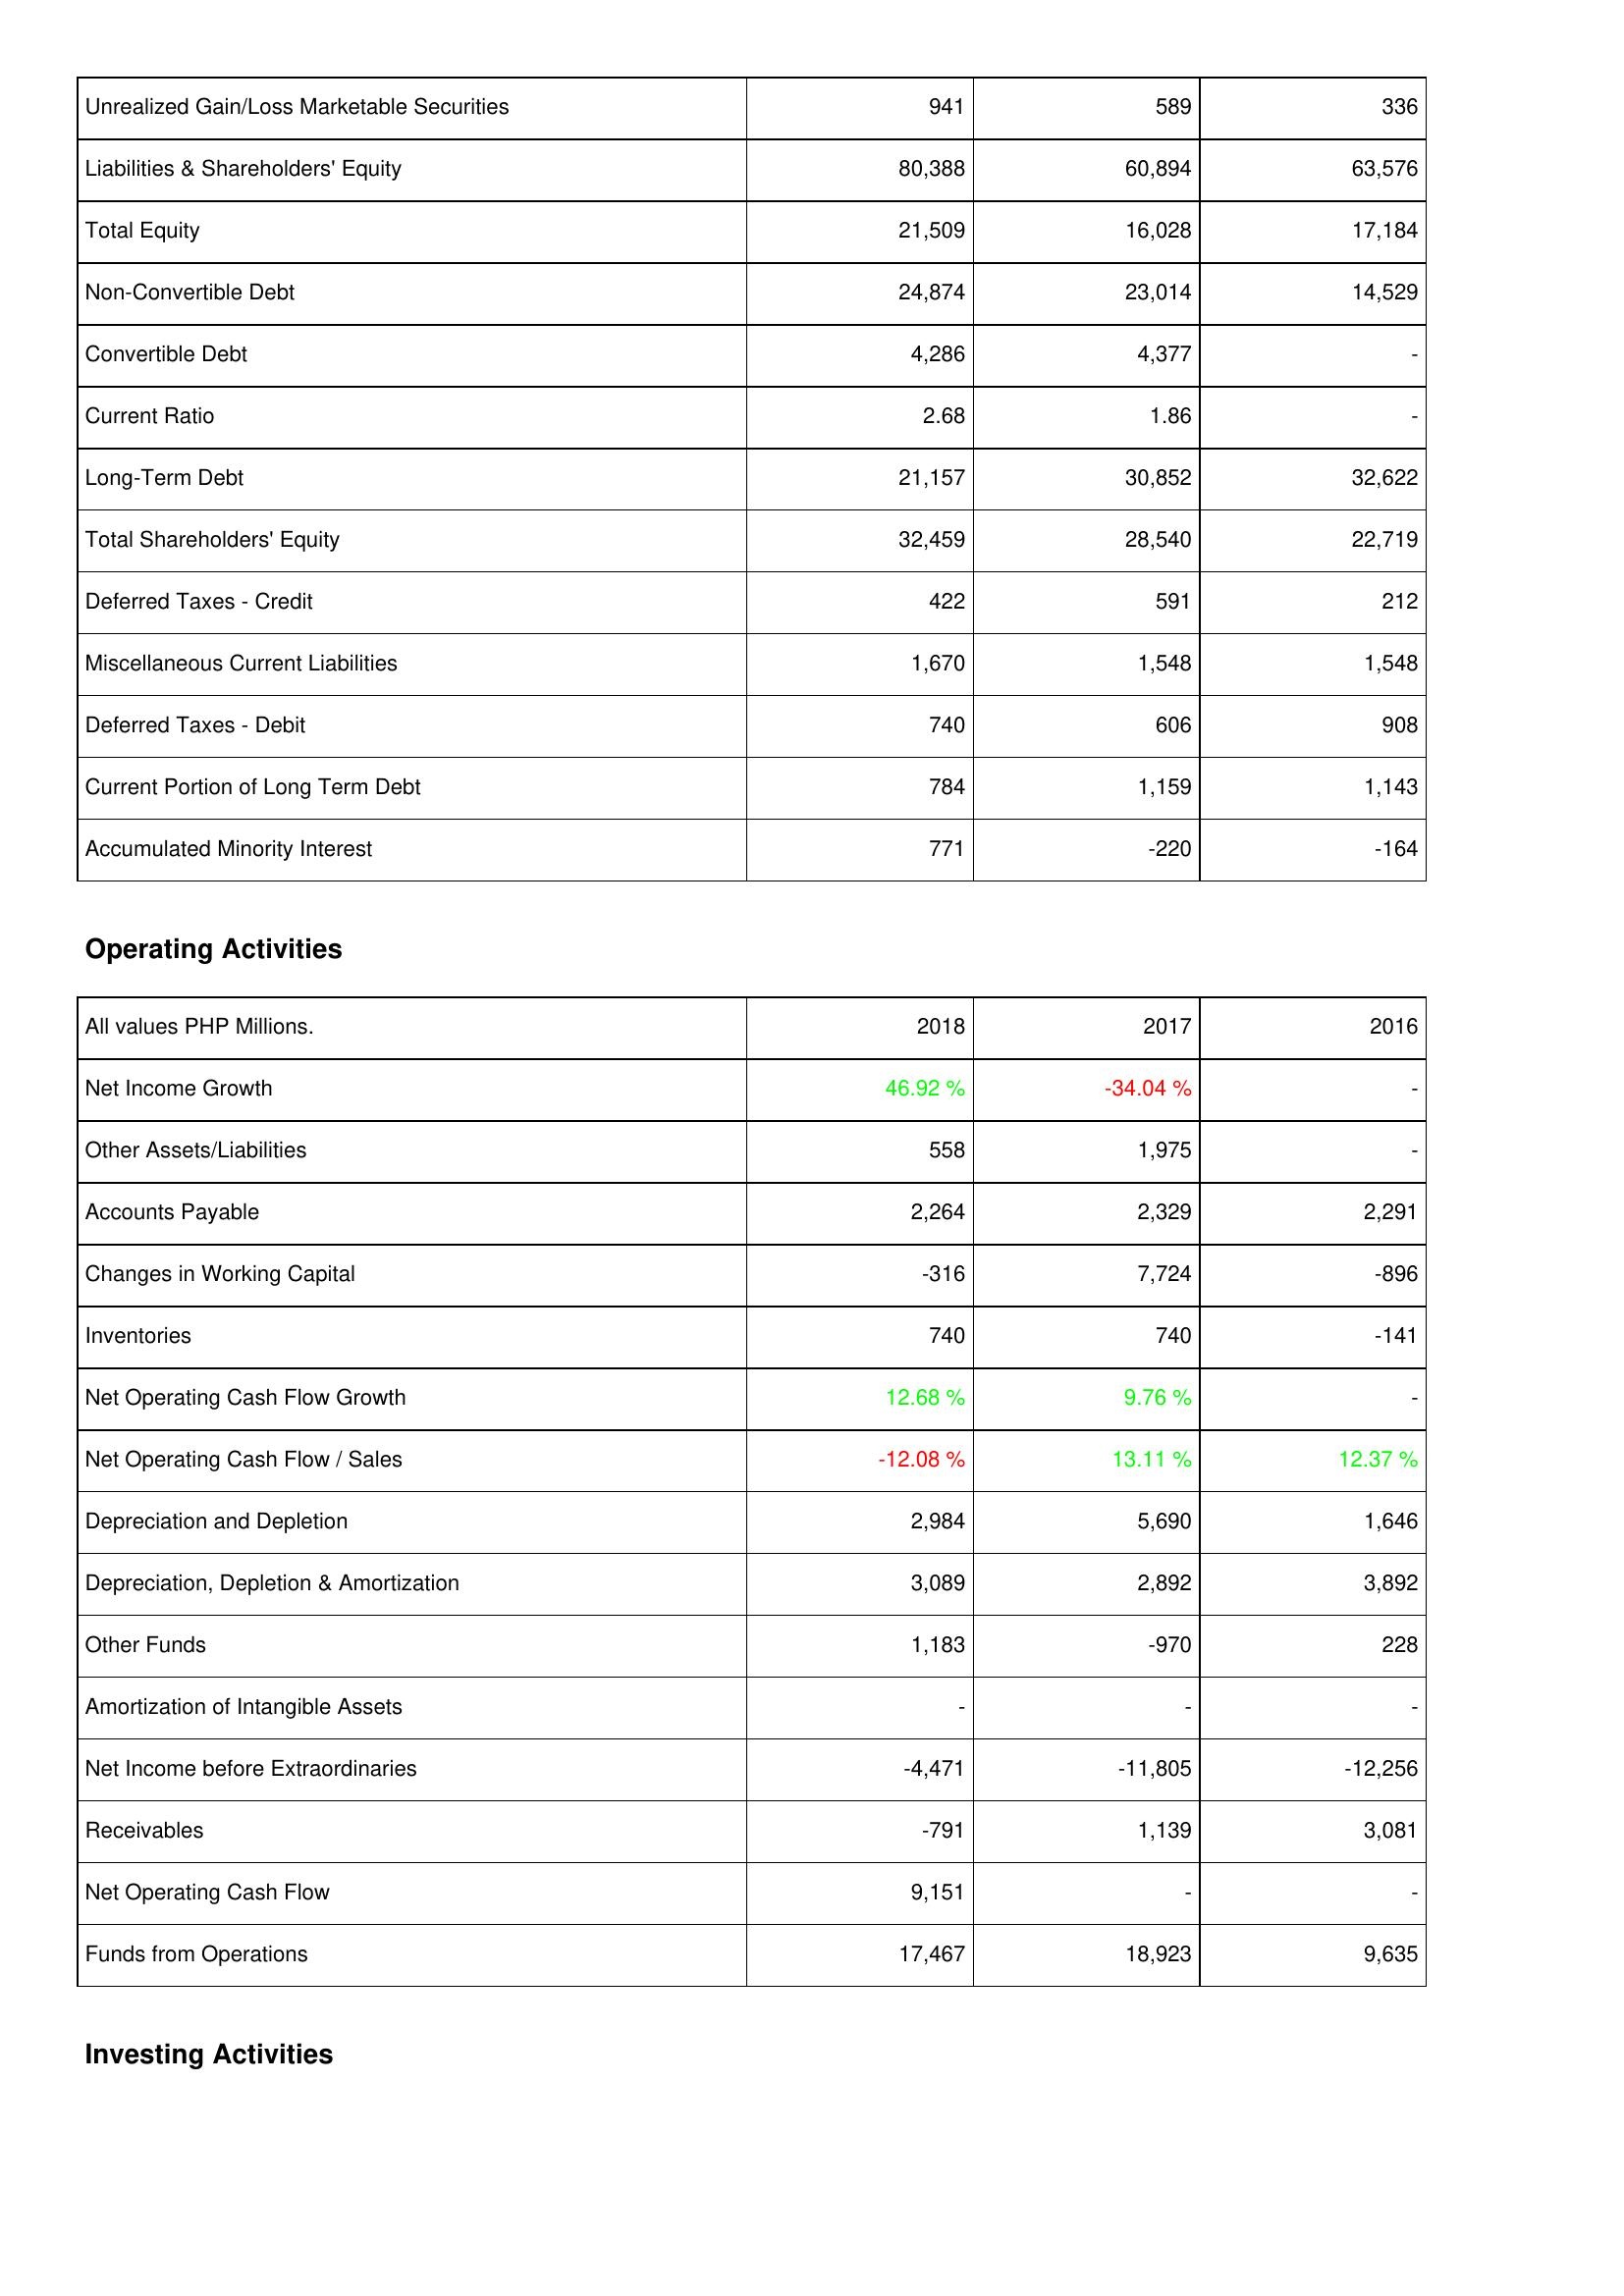
2018: Liabilities & Shareholders' Equity: Unrealized Gain/Loss Marketable Securities: 941
Liabilities & Shareholders' Equity: 80,388
Total Equity: 21,509
Non-Convertible Debt: 24,874
Convertible Debt: 4,286
Current Ratio: 2.68
Long-Term Debt: 21,157
Total Shareholders' Equity: 32,459
Deferred Taxes - Credit: 422
Miscellaneous Current Liabilities: 1,670
Deferred Taxes - Debit: 740
Current Portion of Long Term Debt: 784
Accumulated Minority Interest: 771
Operating Activities: Net Income Growth: 46.92 %
Other Assets/Liabilities: 558
Accounts Payable: 2,264
Changes in Working Capital: -316
Inventories: 740
Net Operating Cash Flow Growth: 12.68 %
Net Operating Cash Flow / Sales: -12.08 %
Depreciation and Depletion: 2,984
Depreciation, Depletion & Amortization: 3,089
Other Funds: 1,183
Amortization of Intangible Assets: -
Net Income before Extraordinaries: -4,471
Receivables: -791
Net Operating Cash Flow: 9,151
Funds from Operations: 17,467
2017: Liabilities & Shareholders' Equity: Unrealized Gain/Loss Marketable Securities: 589
Liabilities & Shareholders' Equity: 60,894
Total Equity: 16,028
Non-Convertible Debt: 23,014
Convertible Debt: 4,377
Current Ratio: 1.86
Long-Term Debt: 30,852
Total Shareholders' Equity: 28,540
Deferred Taxes - Credit: 591
Miscellaneous Current Liabilities: 1,548
Deferred Taxes - Debit: 606
Current Portion of Long Term Debt: 1,159
Accumulated Minority Interest: -220
Operating Activities: Net Income Growth: -34.04 %
Other Assets/Liabilities: 1,975
Accounts Payable: 2,329
Changes in Working Capital: 7,724
Inventories: 740
Net Operating Cash Flow Growth: 9.76 %
Net Operating Cash Flow / Sales: 13.11 %
Depreciation and Depletion: 5,690
Depreciation, Depletion & Amortization: 2,892
Other Funds: -970
Amortization of Intangible Assets: -
Net Income before Extraordinaries: -11,805
Receivables: 1,139
Net Operating Cash Flow: -
Funds from Operations: 18,923
2016: Liabilities & Shareholders' Equity: Unrealized Gain/Loss Marketable Securities: 336
Liabilities & Shareholders' Equity: 63,576
Total Equity: 17,184
Non-Convertible Debt: 14,529
Convertible Debt: -
Current Ratio: -
Long-Term Debt: 32,622
Total Shareholders' Equity: 22,719
Deferred Taxes - Credit: 212
Miscellaneous Current Liabilities: 1,548
Deferred Taxes - Debit: 908
Current Portion of Long Term Debt: 1,143
Accumulated Minority Interest: -164
Operating Activities: Net Income Growth: -
Other Assets/Liabilities: -
Accounts Payable: 2,291
Changes in Working Capital: -896
Inventories: -141
Net Operating Cash Flow Growth: -
Net Operating Cash Flow / Sales: 12.37 %
Depreciation and Depletion: 1,646
Depreciation, Depletion & Amortization: 3,892
Other Funds: 228
Amortization of Intangible Assets: -
Net Income before Extraordinaries: -12,256
Receivables: 3,081
Net Operating Cash Flow: -
Funds from Operations: 9,635